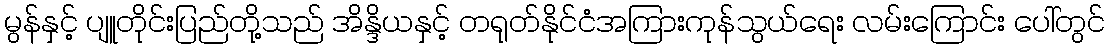
မွန်နှင့် ပျူတိုင်းပြည်တို့သည် အိန္ဒိယနှင့် တရုတ်နိုင်ငံအကြားကုန်သွယ်ရေး လမ်းကြောင်း ပေါ်တွင်